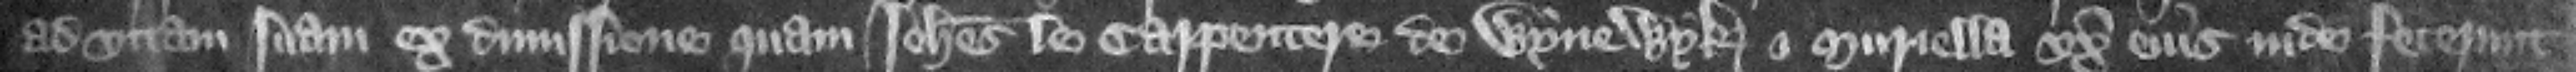
ad vitam suam ex dimissione quam Iohannes le Carpentere de Wynewyk et Muriella vxor eius inde fecerunt